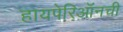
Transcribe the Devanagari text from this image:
हायपेरिऑनची